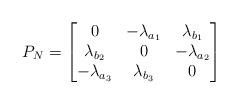
LaTeX: \begin{align*}P_N= \begin{bmatrix}0 & -\lambda_{a_1} & \lambda_{b_1}\\ \lambda_{b_2} & 0 & -\lambda_{a_2} \\ -\lambda_{a_3} & \lambda_{b_3} & 0\end{bmatrix}\end{align*}